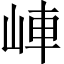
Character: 𡷖